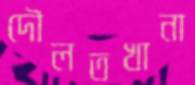
দৌলতখানা